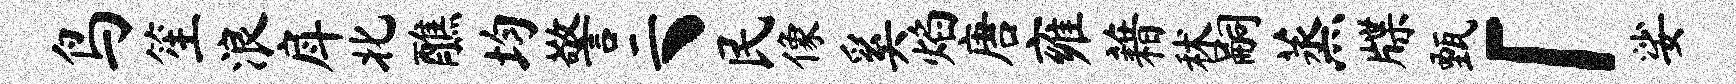
鸟笙浪戽北醮均警二丶民像奚焰唐雍藉秫嗣蒸牒甄「娑